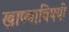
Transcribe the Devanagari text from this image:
खाण्याविषयी